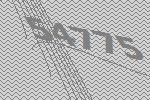
54775